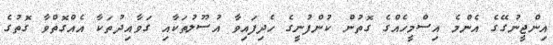
އިންޖީނުގޭގެ އެންމެ އިސްމީހެއްގެ ގޮތުން ކުންފުނީގެ ހެދިފައިވާ އުސޫލުތަކާއި ގަވާއިދުތަކާ އެއްގޮތްވާ ގޮތުގެ